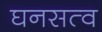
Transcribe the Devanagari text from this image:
घनसत्व